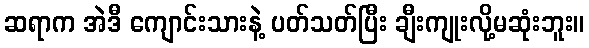
ဆရာက အဲဒီ ကျောင်းသားနဲ့ ပတ်သတ်ပြီး ချီးကျုးလို့မဆုံးဘူး။